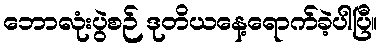
ဘောလုံးပွဲစဉ် ဒုတိယနေ့ရောက်ခဲ့ပါပြီ။